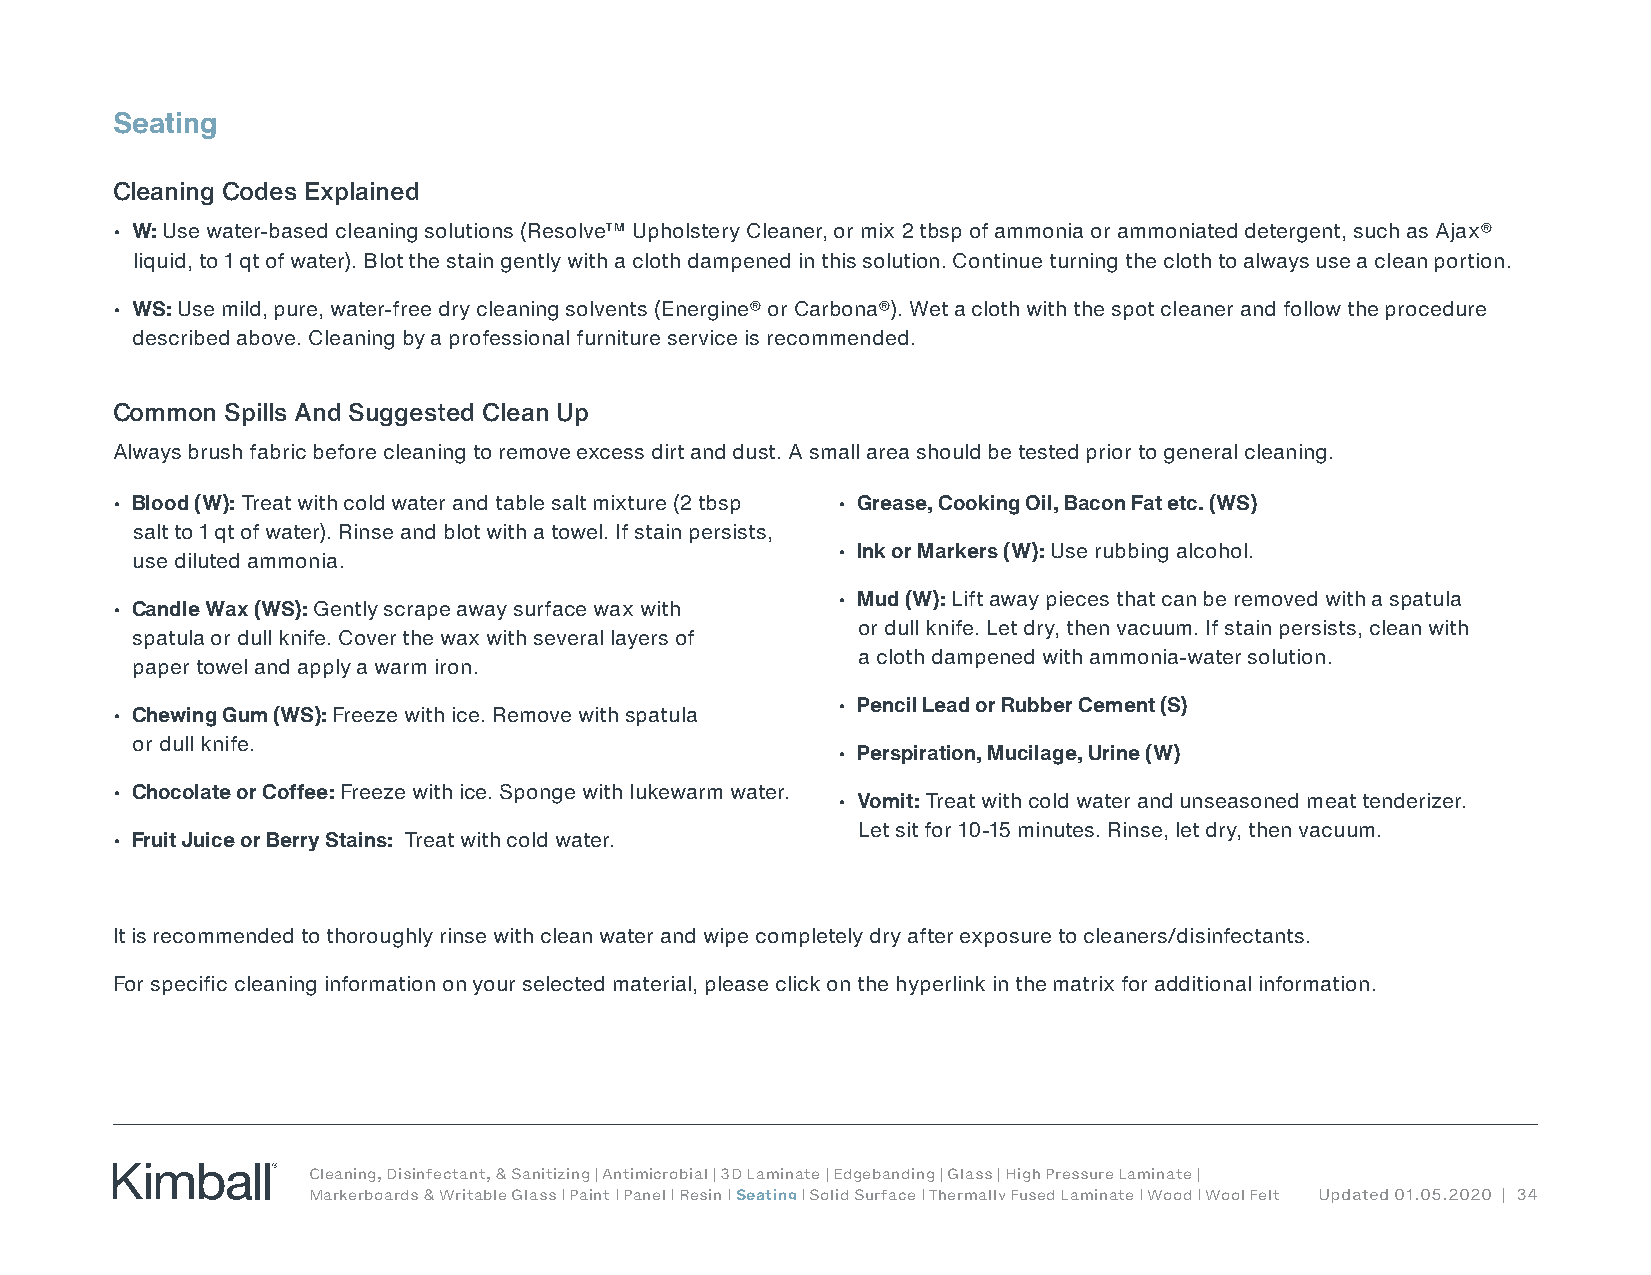
Seating
 Cleaning Codes Explained
 • W: Use water-based cleaning solutions (Resolve™ Upholstery Cleaner, or mix 2 tbsp of ammonia or ammoniated detergent, such as Ajax®
 liquid, to 1 qt of water). Blot the stain gently with a cloth dampened in this solution. Continue turning the cloth to always use a clean portion.
 • WS: Use mild, pure, water-free dry cleaning solvents (Energine® or Carbona®). Wet a cloth with the spot cleaner and follow the procedure
 described above. Cleaning by a professional furniture service is recommended.
 Common  Spills And Suggested Clean Up
 Always brush fabric before cleaning to remove excess dirt and dust. A small area should be tested prior to general cleaning.
 • Blood (W): Treat with cold water and table salt mixture (2 tbsp • Grease, Cooking Oil, Bacon Fat etc. (WS)
 salt to 1 qt of water). Rinse and blot with a towel. If stain persists,
 • Ink or Markers (W): Use rubbing alcohol.
 use diluted ammonia.
 • Mud (W): Lift away pieces that can be removed with a spatula
 • Candle Wax (WS): Gently scrape away surface wax with
 or dull knife. Let dry, then vacuum. If stain persists, clean with
 spatula or dull knife. Cover the wax with several layers of
 a cloth dampened with ammonia-water solution.
 paper towel and apply a warm iron.
 • Pencil Lead or Rubber Cement (S)
 • Chewing Gum (WS): Freeze with ice. Remove with spatula
 or dull knife.
 • Perspiration, Mucilage, Urine (W)
 • Chocolate or Coffee: Freeze with ice. Sponge with lukewarm water.
 • Vomit: Treat with cold water and unseasoned meat tenderizer.
 Let sit for 10-15 minutes. Rinse, let dry, then vacuum.
 • Fruit Juice or Berry Stains: Treat with cold water.
 It is recommended to thoroughly rinse with clean water and wipe completely dry after exposure to cleaners/disinfectants.
 For specific cleaning information on your selected material, please click on the hyperlink in the matrix for additional information.
 Cleaning, Disinfectant, & Sanitizing | Antimicrobial | 3D Laminate | Edgebanding | Glass | High Pressure Laminate |
 Markerboards & Writable Glass | Paint | Panel | Resin | Seating | Solid Surface | Thermally Fused Laminate | Wood | Wool Felt Updated 01.05.2020 | 34